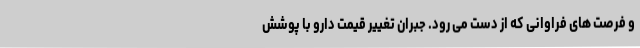
و فرصت های فراوانی که از دست می رود. جبران تغییر قیمت دارو با پوشش